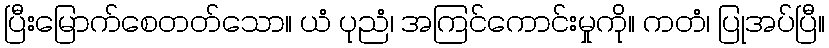
ပြီးမြောက်စေတတ်သော။ ယံ ပုညံ၊ အကြင်ကောင်းမှုကို။ ကတံ၊ ပြုအပ်ပြီ။